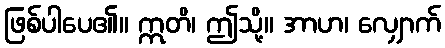
ဖြစ်ပါပေ၏။ ဣတိ၊ ဤသို့။ အာဟ၊ လျှောက်